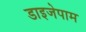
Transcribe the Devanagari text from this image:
डाइजेपाम